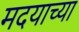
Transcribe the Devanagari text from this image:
मदयाच्या